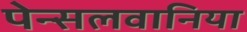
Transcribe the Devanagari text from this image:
पेन्सलवानिया